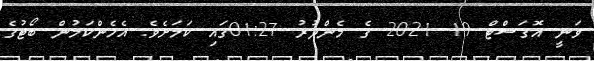
ވަނީ އޮގަސްޓް 19 2021 ގެ މެންދުރު 01:27ގައި ކަމަށެވެ. އެހެންކަމުން ބޯޓުގެ